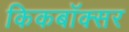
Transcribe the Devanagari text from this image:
किकबॉक्सर